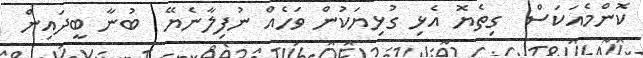
ކޮންމެއަކަސް  ގިތެޔޮ އެޅި ގުޅިޔަކުން ވަހެއް ނުފިލާނެޔޭ  ބުނާ ބީދައިން